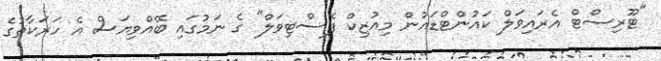
"ޓޫރިސްޓް އެރައިވަލް ކައުންޓްޑައުން މިއުޒިކް ފެސްޓިވަލް" ގެ ނަމުގައި ބޭއްވިޔަސް އެ ހަރަކާތުގެ